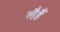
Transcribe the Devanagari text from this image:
लैहैं